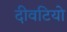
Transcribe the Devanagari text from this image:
दीवटियो